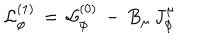
LaTeX: { \cal L } _ { \phi } ^ { ( 1 ) } \, = \, { \cal L } _ { \phi } ^ { ( 0 ) } \, - \, B _ { \mu } \, J _ { \phi } ^ { \mu }